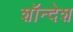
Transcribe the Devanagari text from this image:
शॉन्देश